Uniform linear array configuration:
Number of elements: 48
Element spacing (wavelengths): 0.75
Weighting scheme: hann
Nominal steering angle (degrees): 60
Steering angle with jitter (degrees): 58.38
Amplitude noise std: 0.05
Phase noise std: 0.05

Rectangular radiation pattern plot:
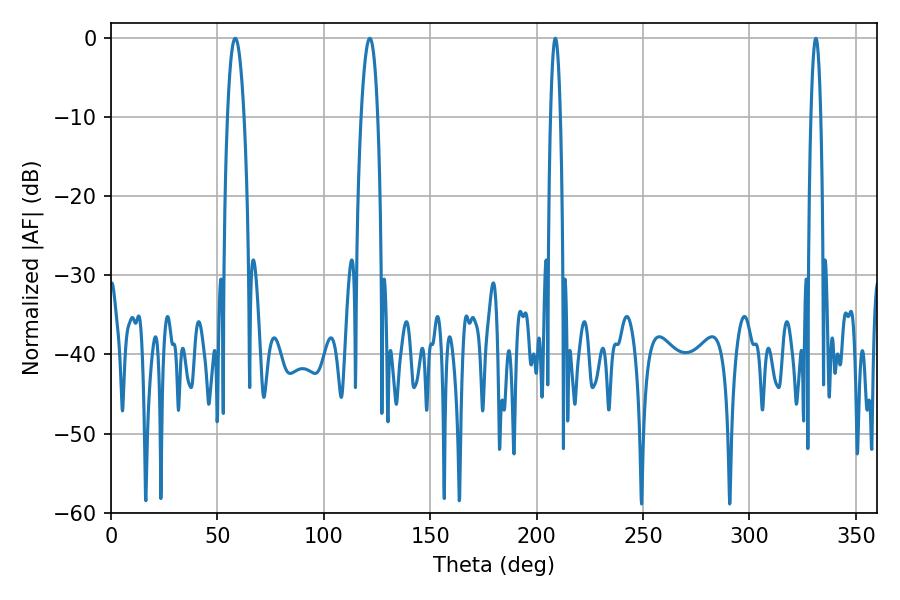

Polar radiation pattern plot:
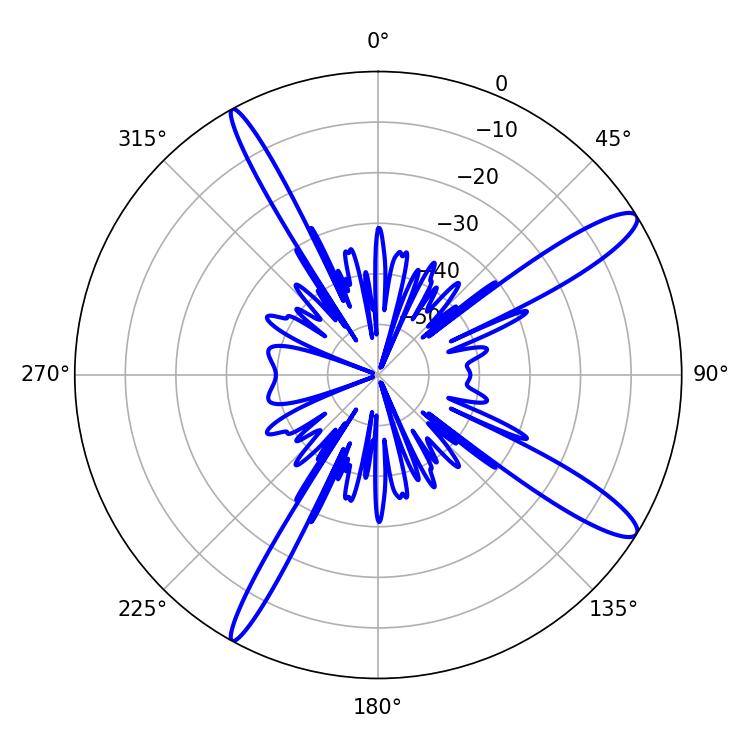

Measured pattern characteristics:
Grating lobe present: TRUE
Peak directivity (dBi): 13.365
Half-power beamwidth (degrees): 2.52
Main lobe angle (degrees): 208.8